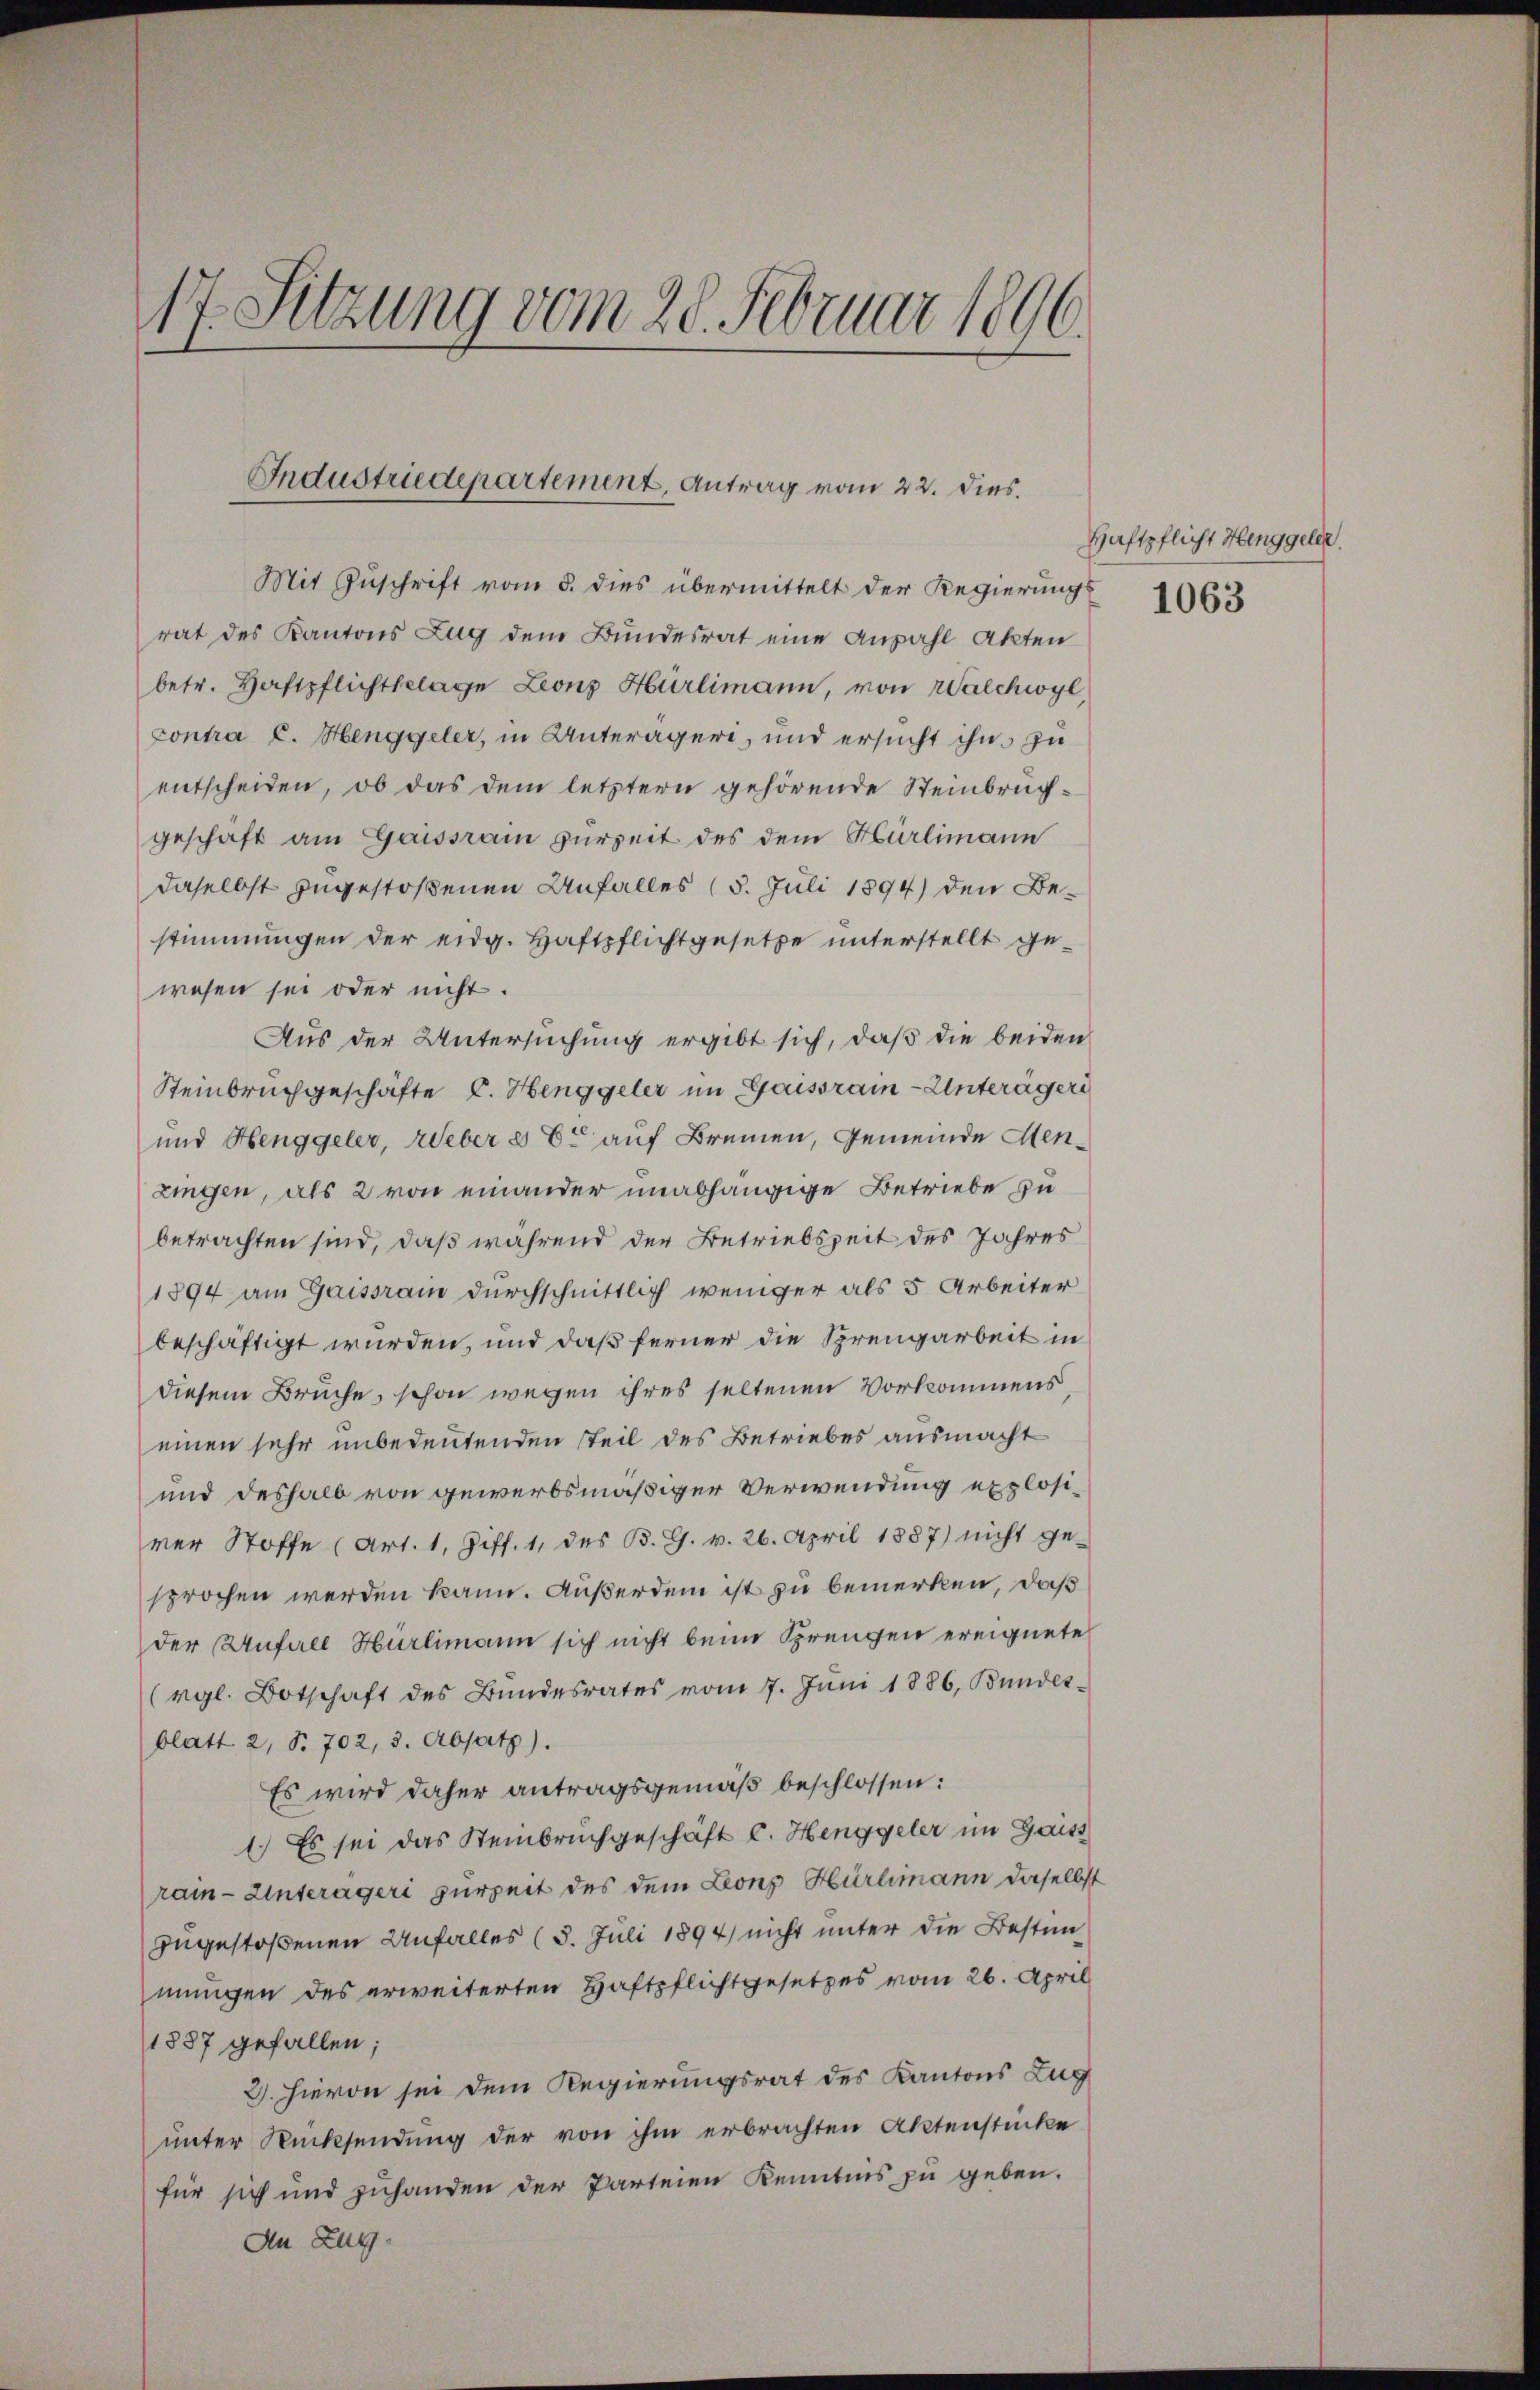
17. Sitzung vom 28. Februar 1896.

Industriedepartement, Antrag vom 22. dies.

Mit Zuschrift vom 5. dies übermittelt der Regierungs
rat des Kantons Zug dem Bundesrat eine Anzahl Akten
betr. Haftpflichtbelage Leonz Hürlimann, von Walchwyl,
contra C. Henggeler, in Unterägeri, und ersucht ihm zu
entscheiden, ob das dem letztern gehörende Steinbruchgeschaft am Gaissrain zurzeit des dem Hürlimann
daselbst zugestoßenen Unfalles (5. Juli 1894) den Bestimmungen der eidg. Haftpflichtgesetze unterstellt gewesen sei oder nicht.
Aus der Untersuchung ergibt sich, daß die beiden
Steinbruchgeschäfte C. Henggeler im Gaissrain-Unterägeri
und Henggeler, Weber es E. auf Bremen, Gemeinde Menzingen, als 2 von einander unabhängige Betriebe zu
betrachten sind, daß während der Betriebszeit des Jahres
1894 am Gaissram durchschnittlich weniger als 5 Arbeiter
beschäftigt wurden, und daß ferner die Sprengarbeit in
diesem Bruche, schon wegen ihres seltenen Vorkommens
einen sehr unbedeutenden steil des Betriebes ausmacht
und deshalb von gewerbsmäßiger Verwendung explosiver Stoffe (Art. 1, Ziff. 1, des B. G. v. 26. April 1887) nicht ge-
sprochen werden kann. Außerdem ist zu bemerken, daß
der Unfall Hürlimann sich nicht beim Sprengen ereignete
(rgl. Botschaft des Bundesrates vom 7. Jŭni 1886, Bundes
blatt 2, S. 702, 3. Absatz).
Es wird daher antragsgemäß beschlossen:
1.) Es sei das Steinbruchgeschäft C. Henggeler im Gaiss
rain-Unterägeri zurzeit des dem Leonz Hürlimann daselbst
zugestoßenen Unfalles (3. Juli 1894 nicht unter die Bestim
mungen des erweiterten Haftpflichtgesetzes vom 26. April
1887 gefallen;
2. Hievon sei dem Regierungsrat des Kantons Zug
unter Rücksendung der von ihm erbrachten Aktenstücke
für sich und zuhanden der Parteien Kenntnis zu geben.
An Zug,

Haftpflicht Henggeler.
1063